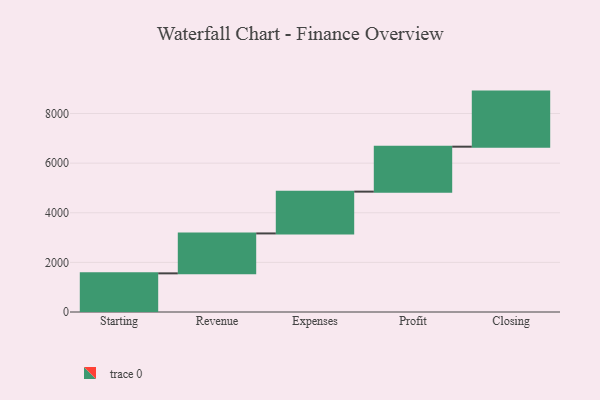
{"axis": {"x": "Step", "y": "Value"}, "legend": [""], "data": [{"x": "Starting", "y": 1558.0, "type": ""}, {"x": "Revenue", "y": 1609.0, "type": ""}, {"x": "Expenses", "y": 1685.0, "type": ""}, {"x": "Profit", "y": 1812.0, "type": ""}, {"x": "Closing", "y": 2220.0, "type": ""}]}